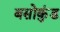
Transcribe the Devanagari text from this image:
बसोकुंड